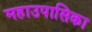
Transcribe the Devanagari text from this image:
महाउपासिका